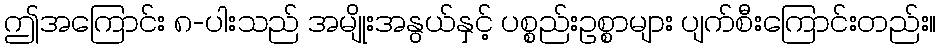
ဤအကြောင်း ၈-ပါးသည် အမျိုးအနွယ်နှင့် ပစ္စည်းဥစ္စာများ ပျက်စီးကြောင်းတည်း။